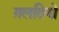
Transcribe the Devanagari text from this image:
ग़लतियो